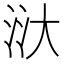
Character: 𣴘